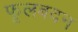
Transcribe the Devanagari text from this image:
फूलबदन